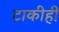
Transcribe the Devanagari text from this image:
टाकीही